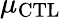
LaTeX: \mu_{\mathrm{CTL}}